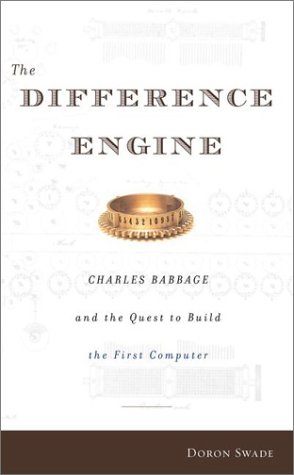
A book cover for The Difference Engine: Charles Babbage and the Quest to Build the First Computer; Doron Swade; Computers & Technology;